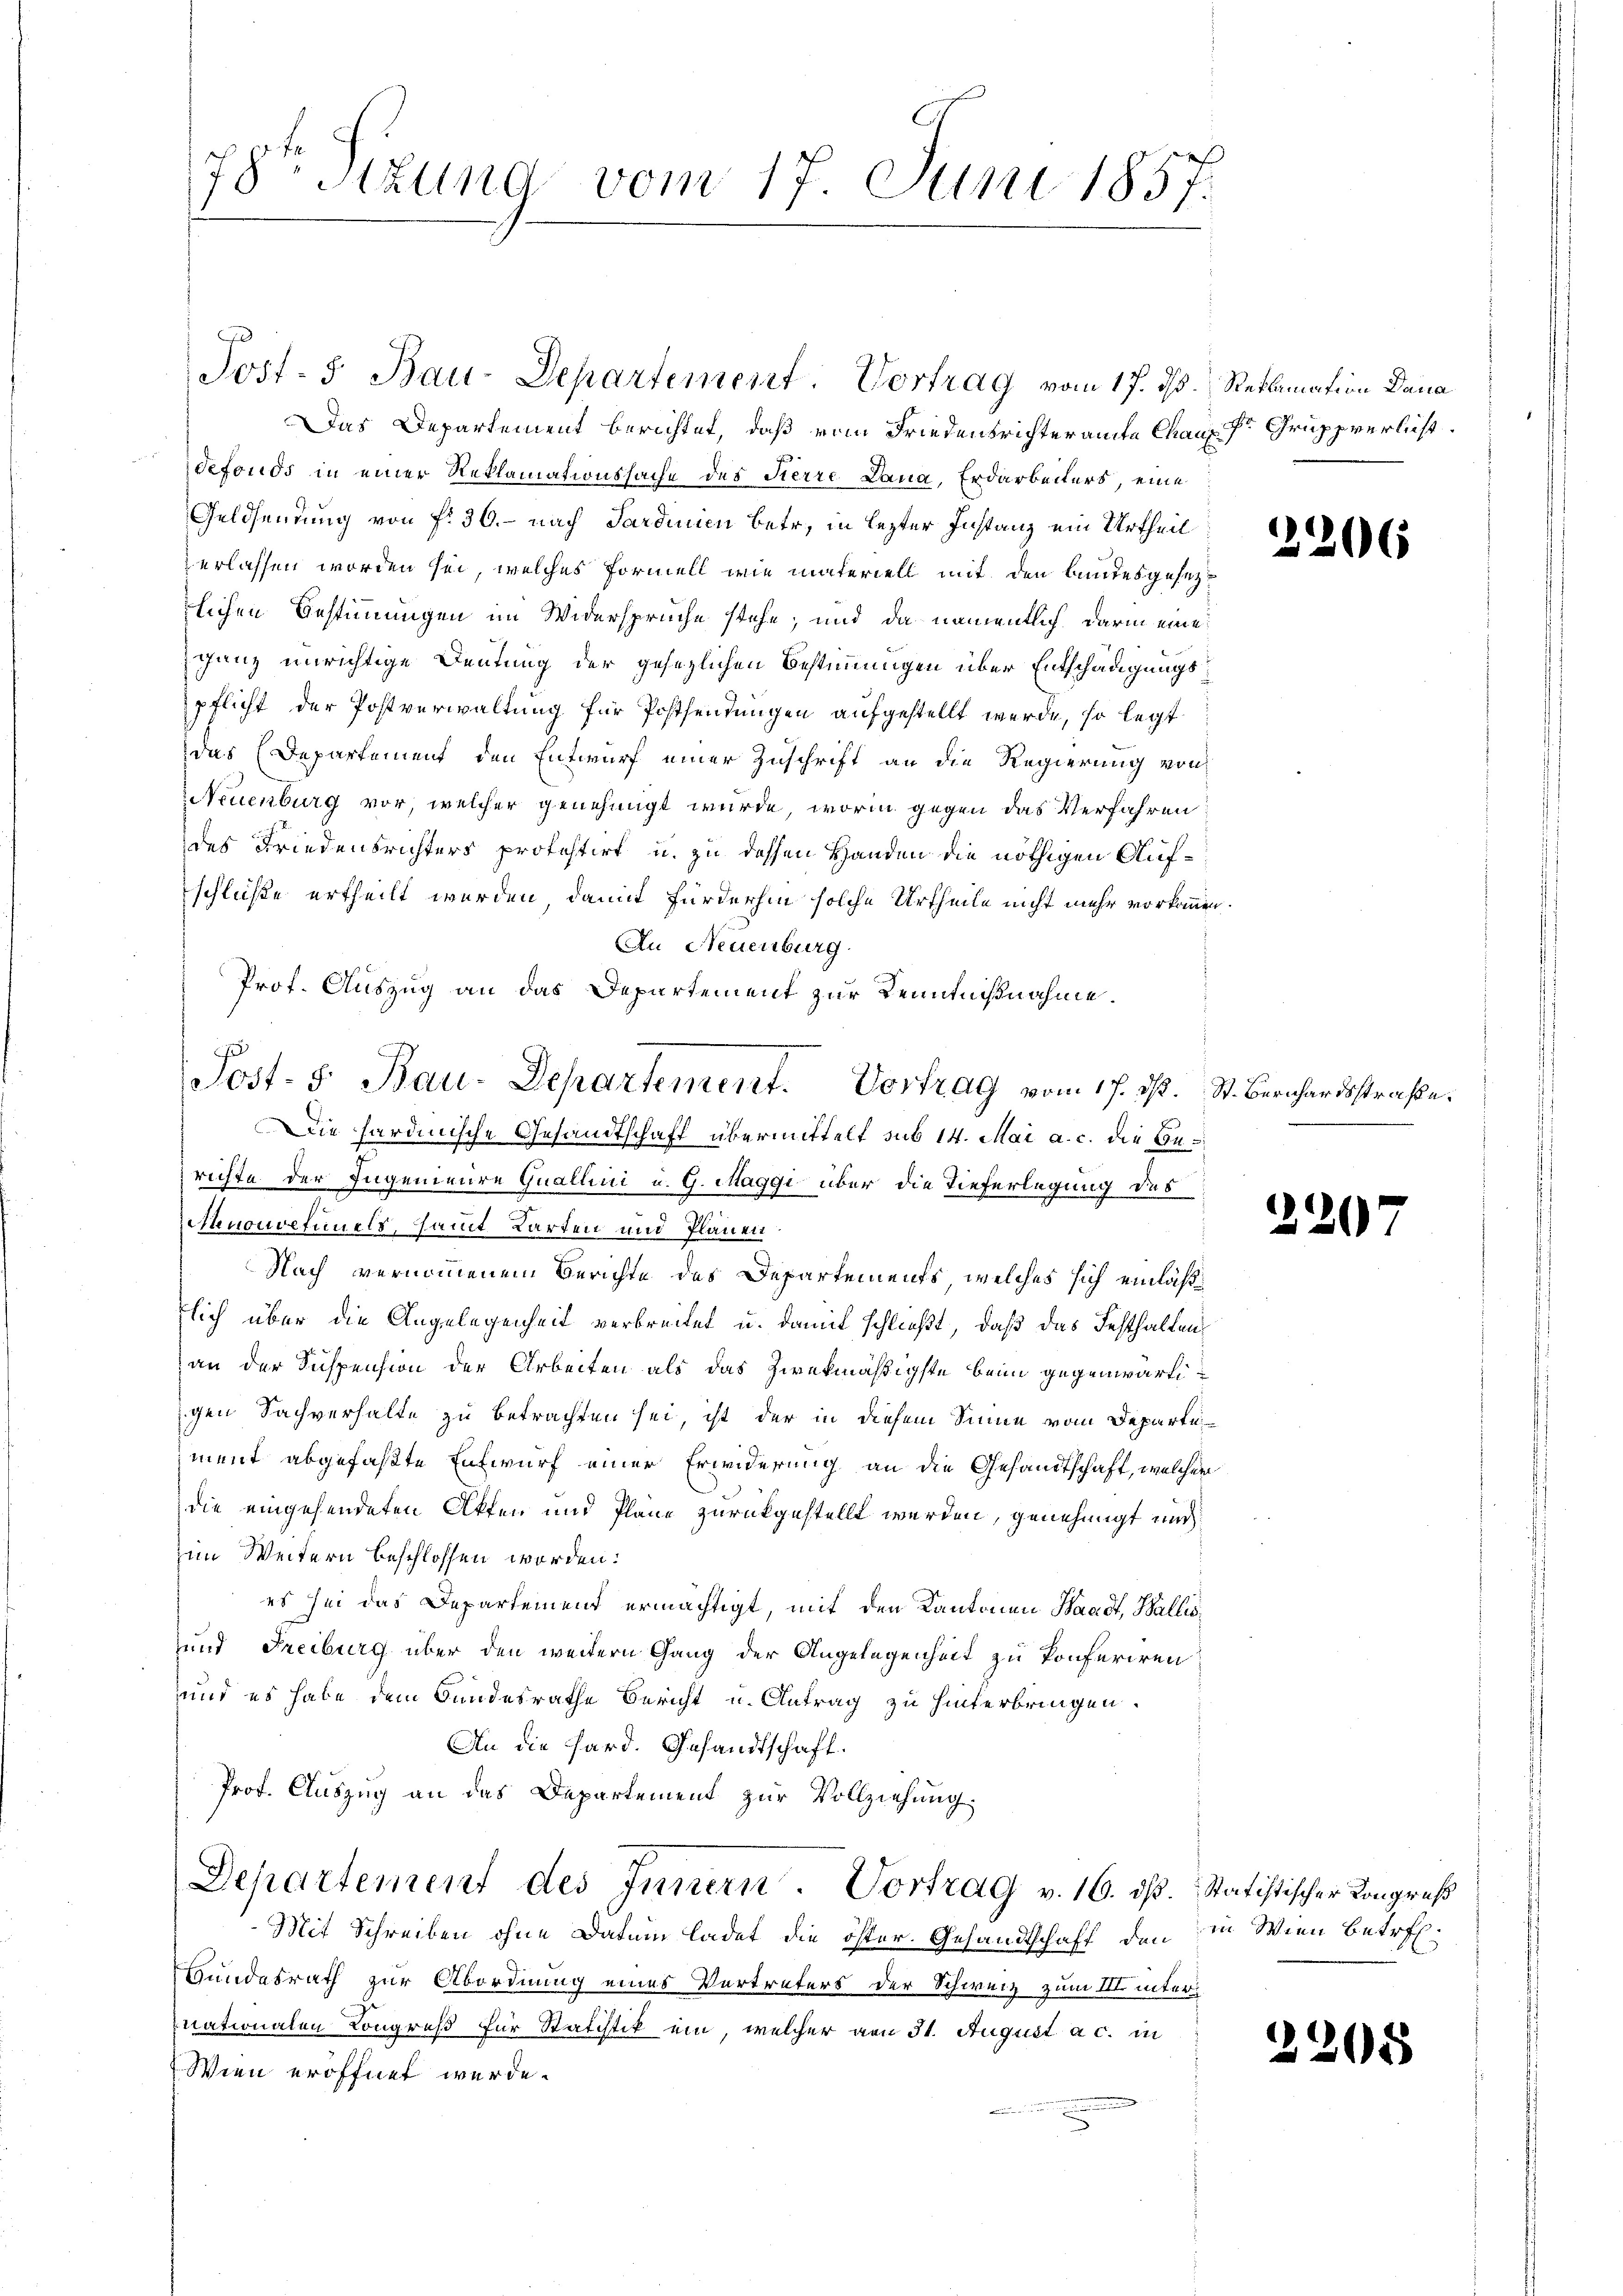
78 Stund vom 17. Juni 1857.

Das Departement berichtet, daß vom Friedensrichteramte Chaus der Gruppverlust.
defonds in einer Reklamationssache des Tierre Dana, Erdarbeiters, eine
Geldsendung von fr. 36. – nach Sardinien betr. in lezter Instanz ein Urtheil
verlassen worden sei, welches Formell wie materiell mit den Landesgesetz
lichen Bestimmungen im Widersprüche stehe; und da namentlich darin eine
ganz unrichtige Deutung der gesezlichen Bestimmungen über Entschädigungspflicht der Postverwaltung für Postsendungen aufgestellt werde, so legt
das Departement den Entwurf einer Zuschrift an die Regierung von
Neuenburg vor, welcher genehmigt wurde, worin gegen das Verfahren:
des Friedensrichters protestirt u. zu dessen Handen die nöthigen Aufschlüße ertheilt werden, damit fürderhin solche Urtheile nicht mehr vorkomm
An Neuenburg
Prof. Auszug an das Departement zur Kenntnißnahme.
Die hardinische Gesandtschaft übermittelt sub 14. Mai a. c. die Berichte der Ingeniere Quallini u. G. Maggi über die Tieferlegung des
Zehonolfimmels, sammt Karten und Plänen
Nach vernommenem Berichte des Departements, welches sich einlaß
lich über die Angelegenheit verbreitet u. damit schließt, daß das Festhalten
an der Suspension der Arbeiten als das zwekmäßigste beim gegenwärti
gen Sachverhalte zu betrachten sei, ist der in diesem Sinne vom Departe
iment abgefaßte Entwurf einer Erwiderung an die Gesandtschaft, welches
die eingehendeten Akten und Pläne zurückgestellt werden, genehmigt und
im Weitern beschlossen worden:
es sei das Departement ermächtigt, mit den Kantonen Waadt, Wallis¬
und Freiburg über den weitern Gang der Angelegenheit zu konferiren
und es habe dem Bandesrathe Bericht u. Antrag zu hinterbringen.
An die Hard. Gesandtschaft.
Prof. Auszug an das Departement zur Vollziehung.
Departement des Innern. Vortrag v. 16. ds.
Mit Schreiben ohne Datum ladet die öster. Gesandtschaft den
Bundesrath zur Abordnung eines Vertreters der Schweiz zum III inter
nationalen Kongreß für Statistik ein, welcher von 31. August a c. in
Wien eröffnet werde.

Post. S. Bau-Departement. Vortrag vom 17. ist.

Post- 5. Bau-Departement Vortrag vom 17. ds. Reklamation Dana

2206

St. Bernhardsstrafe.

220

Statistischer Kongruß
in Wien betr.

2208